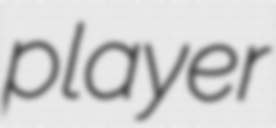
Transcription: player